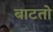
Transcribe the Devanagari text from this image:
बाटतो